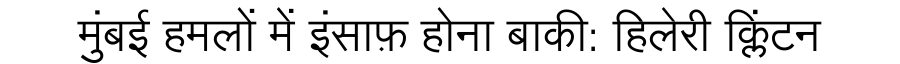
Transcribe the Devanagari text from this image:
मुंबई हमलों में इंसाफ़ होना बाकी: हिलेरी क्लिंटन